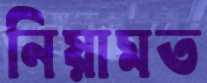
নিয়ামত